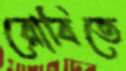
রোবিতে